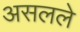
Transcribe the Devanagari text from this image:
असलले